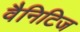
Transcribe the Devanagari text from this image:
वैनिटिज